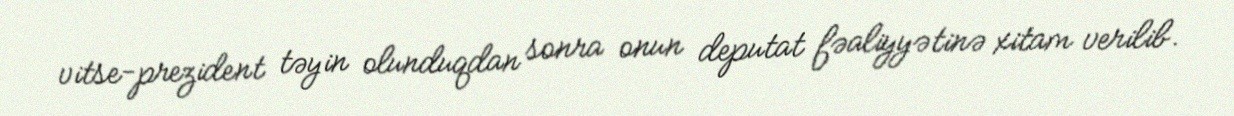
vitse-prezident təyin olunduqdan sonra onun deputat fəaliyyətinə xitam verilib.